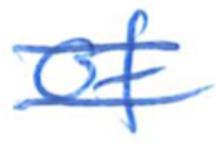
Text: of
Cross-out: double-line
Writing tool: ballpoint